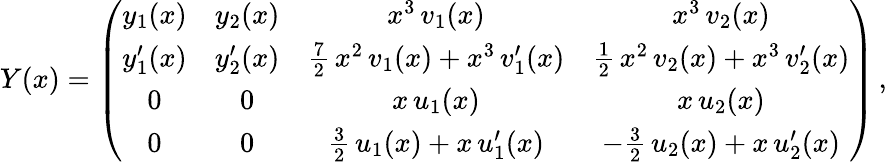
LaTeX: \begin{array}{r}{Y(x)=\left(\begin{array}{cccc}{y_{1}(x)}&{y_{2}(x)}&{x^{3}\, v_{1}(x)}&{x^{3}\, v_{2}(x)}\\ {y_{1}^{\prime}(x)}&{y_{2}^{\prime}(x)}&{\frac{7}{2}\, x^{2}\, v_{1}(x)+x^{3}\, v_{1}^{\prime}(x)}&{\frac{1}{2}\, x^{2}\, v_{2}(x)+x^{3}\, v_{2}^{\prime}(x)}\\ {0}&{0}&{x\, u_{1}(x)}&{x\, u_{2}(x)}\\ {0}&{0}&{\frac{3}{2}\, u_{1}(x)+x\, u_{1}^{\prime}(x)}&{-\frac{3}{2}\, u_{2}(x)+x\, u_{2}^{\prime}(x)}\end{array}\right)\, ,}\end{array}